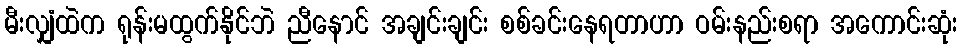
မီးလျှံထဲက ရုန်းမထွက်နိုင်ဘဲ ညီနောင် အချင်းချင်း စစ်ခင်းနေရတာဟာ ဝမ်းနည်းစရာ အကောင်းဆုံး